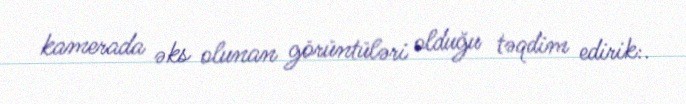
kamerada əks olunan görüntüləri olduğu təqdim edirik:.